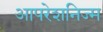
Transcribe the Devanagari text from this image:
आपरेशनिज्म